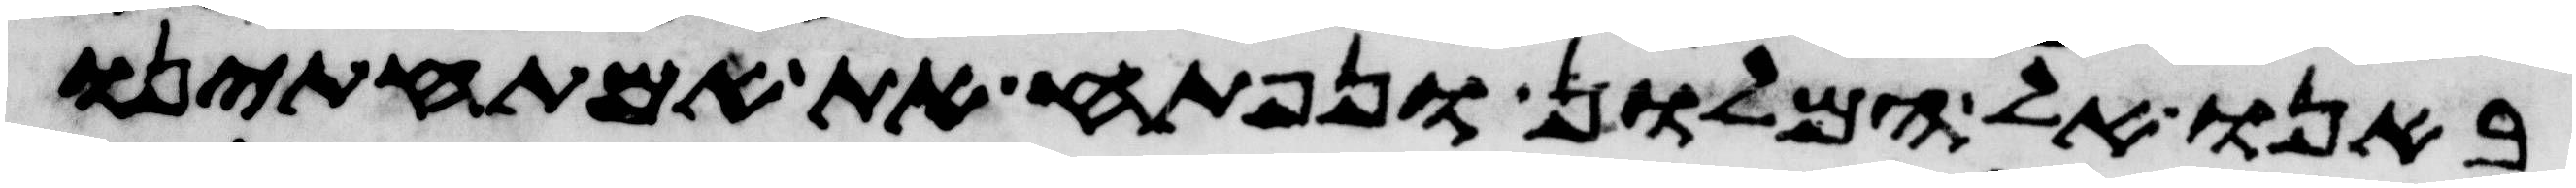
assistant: באנו אל המלון ונפתח את אמתחתינו